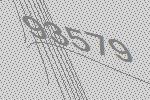
93579